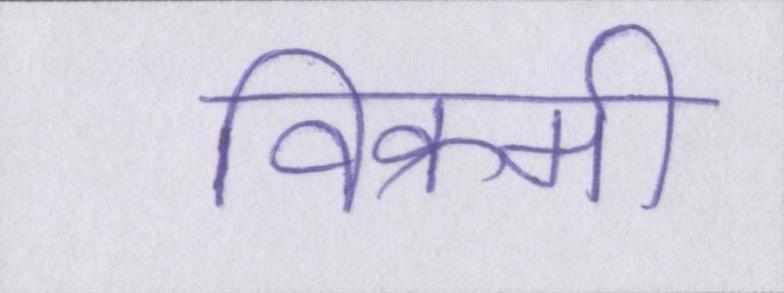
विक्रमी